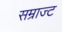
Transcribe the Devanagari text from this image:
सम्राज्ट